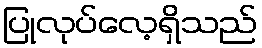
ပြုလုပ်လေ့ရှိသည်